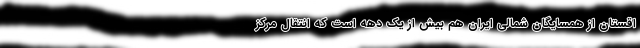
اقستان از همسایگان شمالی ایران هم بیش از یک دهه است که انتقال مرکز